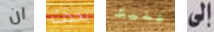
ان يحدث عليك إلى